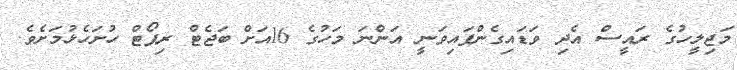
މަޖިލީހުގެ ރައީސް އެދި ވަޑައިގެންފައިވަނީ އަންނަ މަހުގެ 16އަށް ބަޖެޓް ރިޕޯޓް ހުށަހެޅުމަށެވެ.